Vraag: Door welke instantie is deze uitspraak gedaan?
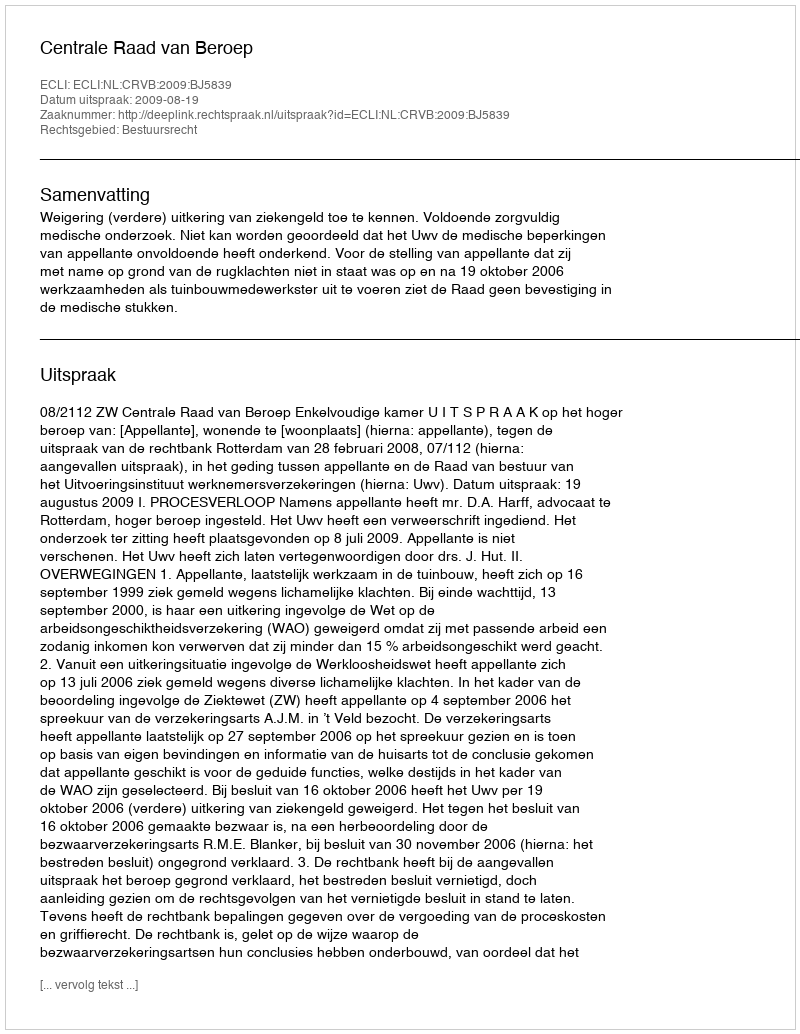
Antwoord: Centrale Raad van Beroep